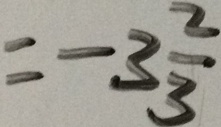
= - 3 \frac { 2 } { 3 }